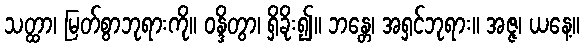
သတ္ထာ၊ မြတ်စွာဘုရားကို။ ဝန္ဒိတွာ၊ ရှိခိုး၍။ ဘန္တေ၊ အရှင်ဘုရား။ အဇ္ဇ၊ ယနေ့။